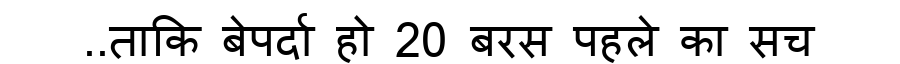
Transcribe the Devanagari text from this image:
..ताकि बेपर्दा हो 20 बरस पहले का सच